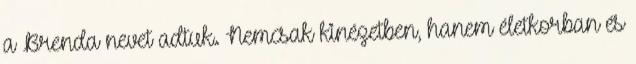
a Brenda nevet adtuk. Nemcsak kinézetben, hanem életkorban és